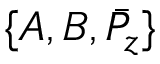
\{ A , B , \bar { P } _ { z } \}